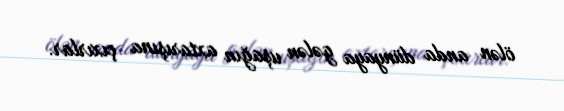
ölən anda dünyaya gələn uşağın axtarışına çıxırlar.